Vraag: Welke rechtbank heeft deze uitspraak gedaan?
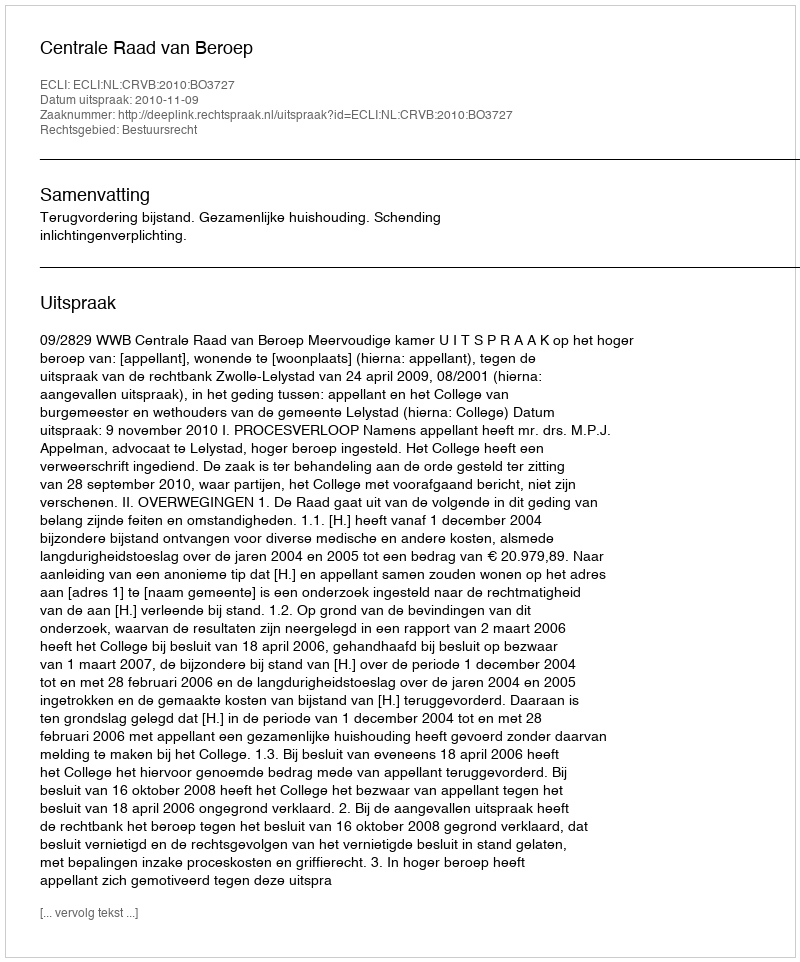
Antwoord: Centrale Raad van Beroep